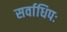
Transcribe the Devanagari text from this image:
सर्वाधिपः